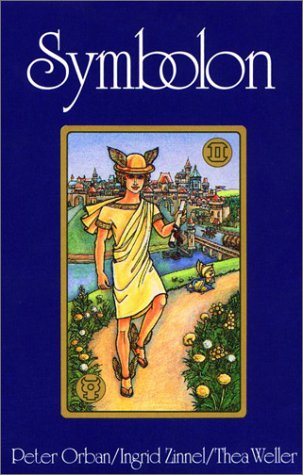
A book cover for Symbolon Deck; Peter Orban; Humor & Entertainment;